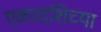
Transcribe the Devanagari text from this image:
एकादशिच्या